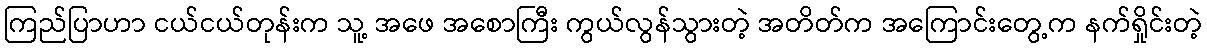
ကြည်ပြာဟာ ငယ်ငယ်တုန်းက သူ့ အဖေ အစောကြီး ကွယ်လွန်သွားတဲ့ အတိတ်က အကြောင်းတွေ့က နက်ရှိုင်းတဲ့